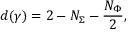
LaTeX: d ( \gamma ) = 2 - N _ { \Sigma } - \frac { N _ { \Phi } } { 2 } ,